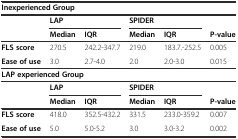
| <COLSPAN=6> Inexperienced Group |
 |  | <COLSPAN=2> LAP | <COLSPAN=2> SPIDER |  |
 |  | Median | IQR | Median | IQR | P-value |
 | --- | --- | --- | --- | --- | --- |
 | FLS score | 270.5 | 242.2-347.7 | 219.0 | 183.7.-252.5 | 0.005 |
 | Ease of use | 3.0 | 2.7-4.0 | 2.0 | 2.0-3.0 | 0.015 |
 | <COLSPAN=6> LAP experienced Group |
 |  | <COLSPAN=2> LAP | <COLSPAN=2> SPIDER |  |
 |  | Median | IQR | Median | IQR | P-value |
 | FLS score | 418.0 | 352.5-432.2 | 331.5 | 233.0-359.2 | 0.007 |
 | Ease of use | 5.0 | 5.0-5.2 | 3.0 | 3.0-3.2 | 0.002 |